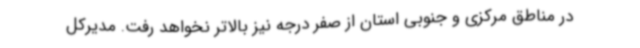
در مناطق مرکزی و جنوبی استان از صفر درجه نیز بالاتر نخواهد رفت. مدیرکل